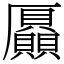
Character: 𠫍